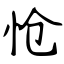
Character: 怆